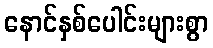
နောင်နှစ်ပေါင်းများစွာ